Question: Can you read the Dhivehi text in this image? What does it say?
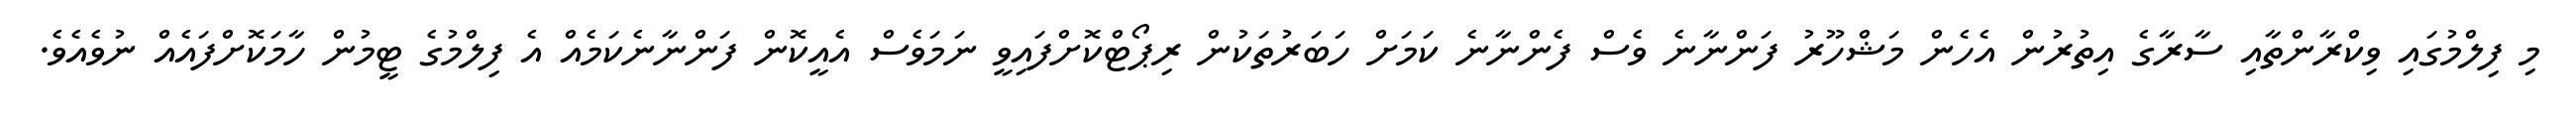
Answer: މި ފިލްމުގައި ވިކްރާންތާއި ސާރާގެ އިތުރުން އެހެން މަޝްހޫރު ފަންނާނެ ވެސް ފެންނާނެ ކަމަށް ހަބަރުތަކުން ރިޕޯޓްކޮށްފައިވީ ނަމަވެސް އެއީކޮން ފަންނާނެކަމެއް އެ ފިލްމުގެ ޓީމުން ހާމަކޮށްފައެއް ނުވެއެވެ.